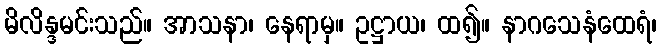
မိလိန္ဒမင်းသည်။ အာသနာ၊ နေရာမှ။ ဥဋ္ဌာယ၊ ထ၍။ နာဂသေနံထေရံ၊